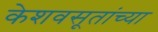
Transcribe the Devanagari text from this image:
केशवसूतांच्या